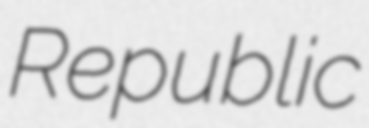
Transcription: Republic